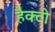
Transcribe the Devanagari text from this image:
हैक्टो